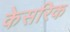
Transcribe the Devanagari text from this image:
केसरिक